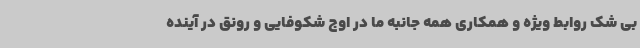
بی شک روابط ویژه و همکاری همه جانبه ما در اوج شکوفایی و رونق در آینده